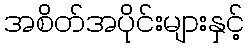
အစိတ်အပိုင်းများနှင့်